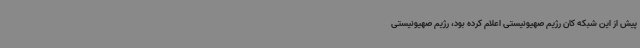
پیش از این شبکه کان رژیم صهیونیستی اعلام کرده بود، رژیم صهیونیستی